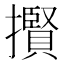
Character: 𢸒